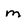
Character: m